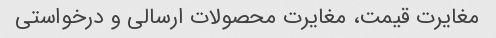
مغایرت قیمت، مغایرت محصولات ارسالی و درخواستی